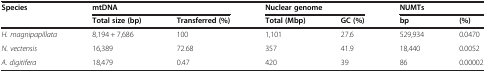
<table><thead><tr><td><b>Species</b></td><td colspan="2"><b>mtDNA</b></td><td colspan="2"><b>Nuclear genome</b></td><td colspan="2"><b>NUMTs</b></td></tr><tr><td><b> </b></td><td><b>Total size (bp)</b></td><td><b>Transferred (%)</b></td><td><b>Total (Mbp)</b></td><td><b>GC (%)</b></td><td><b>bp</b></td><td><b>(%)</b></td></tr></thead><tbody><tr><td><i>H. magnipapillata</i></td><td>8,194 + 7,686</td><td>100</td><td>1,101</td><td>27.6</td><td>529,934</td><td>0.0470</td></tr><tr><td><i>N. vectensis</i></td><td>16,389</td><td>72.68</td><td>357</td><td>41.9</td><td>18,440</td><td>0.0052</td></tr><tr><td><i>A. digitifera</i></td><td>18,479</td><td>0.47</td><td>420</td><td>39</td><td>86</td><td>0.00002</td></tr></tbody></table>